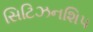
સિટિઝનશિપ